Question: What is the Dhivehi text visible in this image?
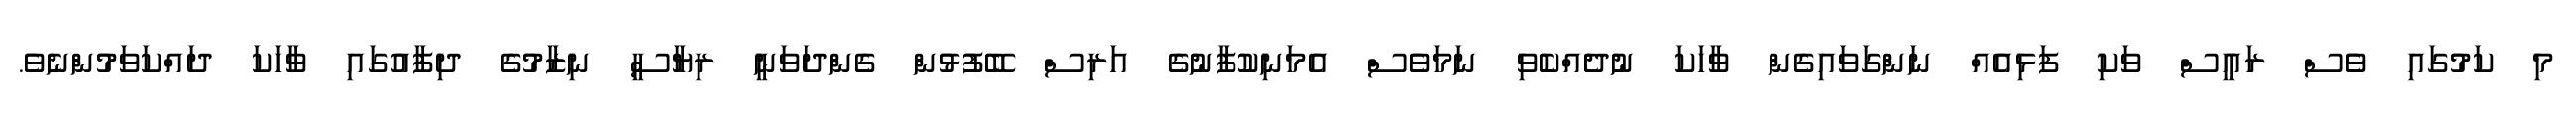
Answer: މި ކަމުގައި ވެސް ރައީސް ވަކި ފަޅިއެއް ނަންގަވައިގެން ވާހަކަ ނުދެއްކެވި ނަމަވެސް އެމަނިކުފާނުގެ އަރިސް ބޭފުޅުން ގެންދަވަނީ ރިޔާސީ ނިޒާމުގެ ދިފާއުގައި ވާހަކަ ދައްކަވަމުންނެވެ.